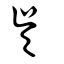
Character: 吳